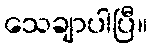
သေချာပါပြီ။